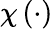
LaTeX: \chi\left(\cdot\right)